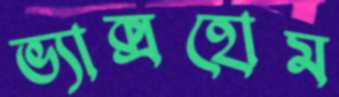
ভ্যাক্সহোম